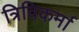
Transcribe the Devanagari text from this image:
त्रिविकर्मा